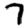
Digit: 7